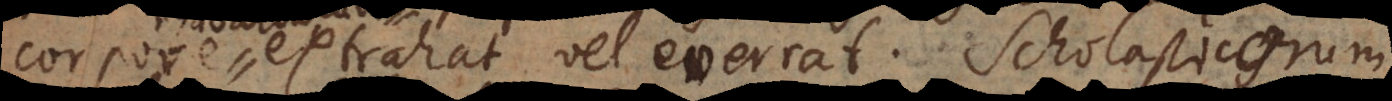
corpore extrahat vel everrat. Scholastic